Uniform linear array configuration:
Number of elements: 48
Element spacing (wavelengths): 0.75
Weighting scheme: uniform
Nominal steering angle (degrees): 0
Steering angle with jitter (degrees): -0.5512
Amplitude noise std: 0.05
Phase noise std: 0.05

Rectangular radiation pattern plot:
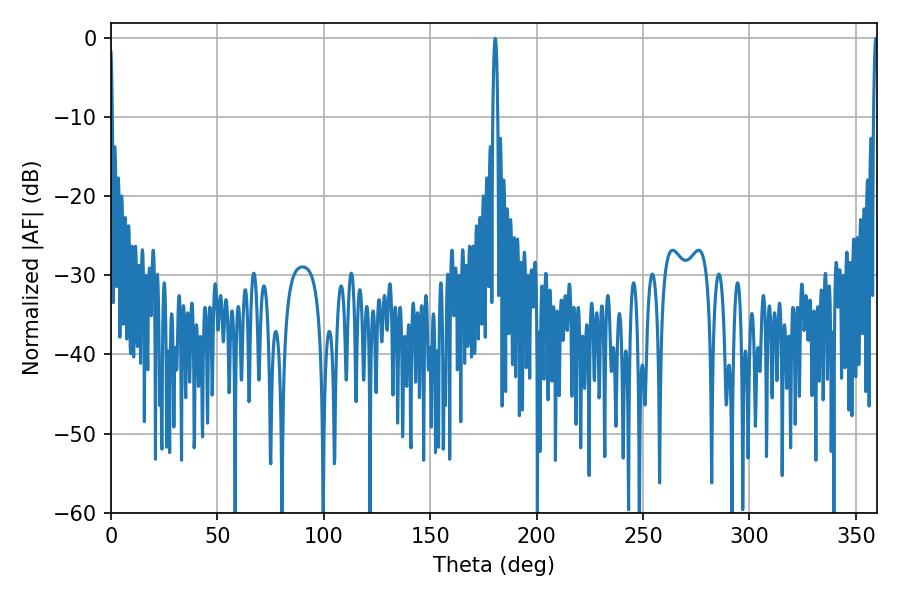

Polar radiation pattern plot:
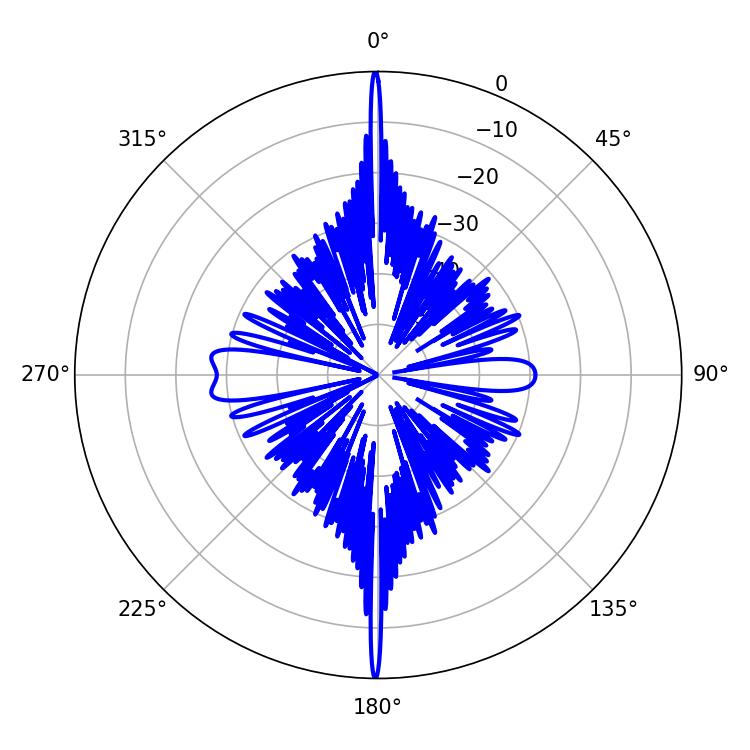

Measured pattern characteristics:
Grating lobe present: TRUE
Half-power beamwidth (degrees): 1.08
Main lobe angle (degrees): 180.54